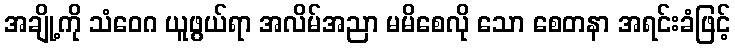
အချို့ကို သံဝေဂ ယူဖွယ်ရာ အလိမ်အညာ မမိစေလို သော စေတနာ အရင်းခံဖြင့်